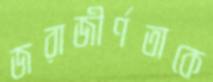
জরাজীর্ণতাকে